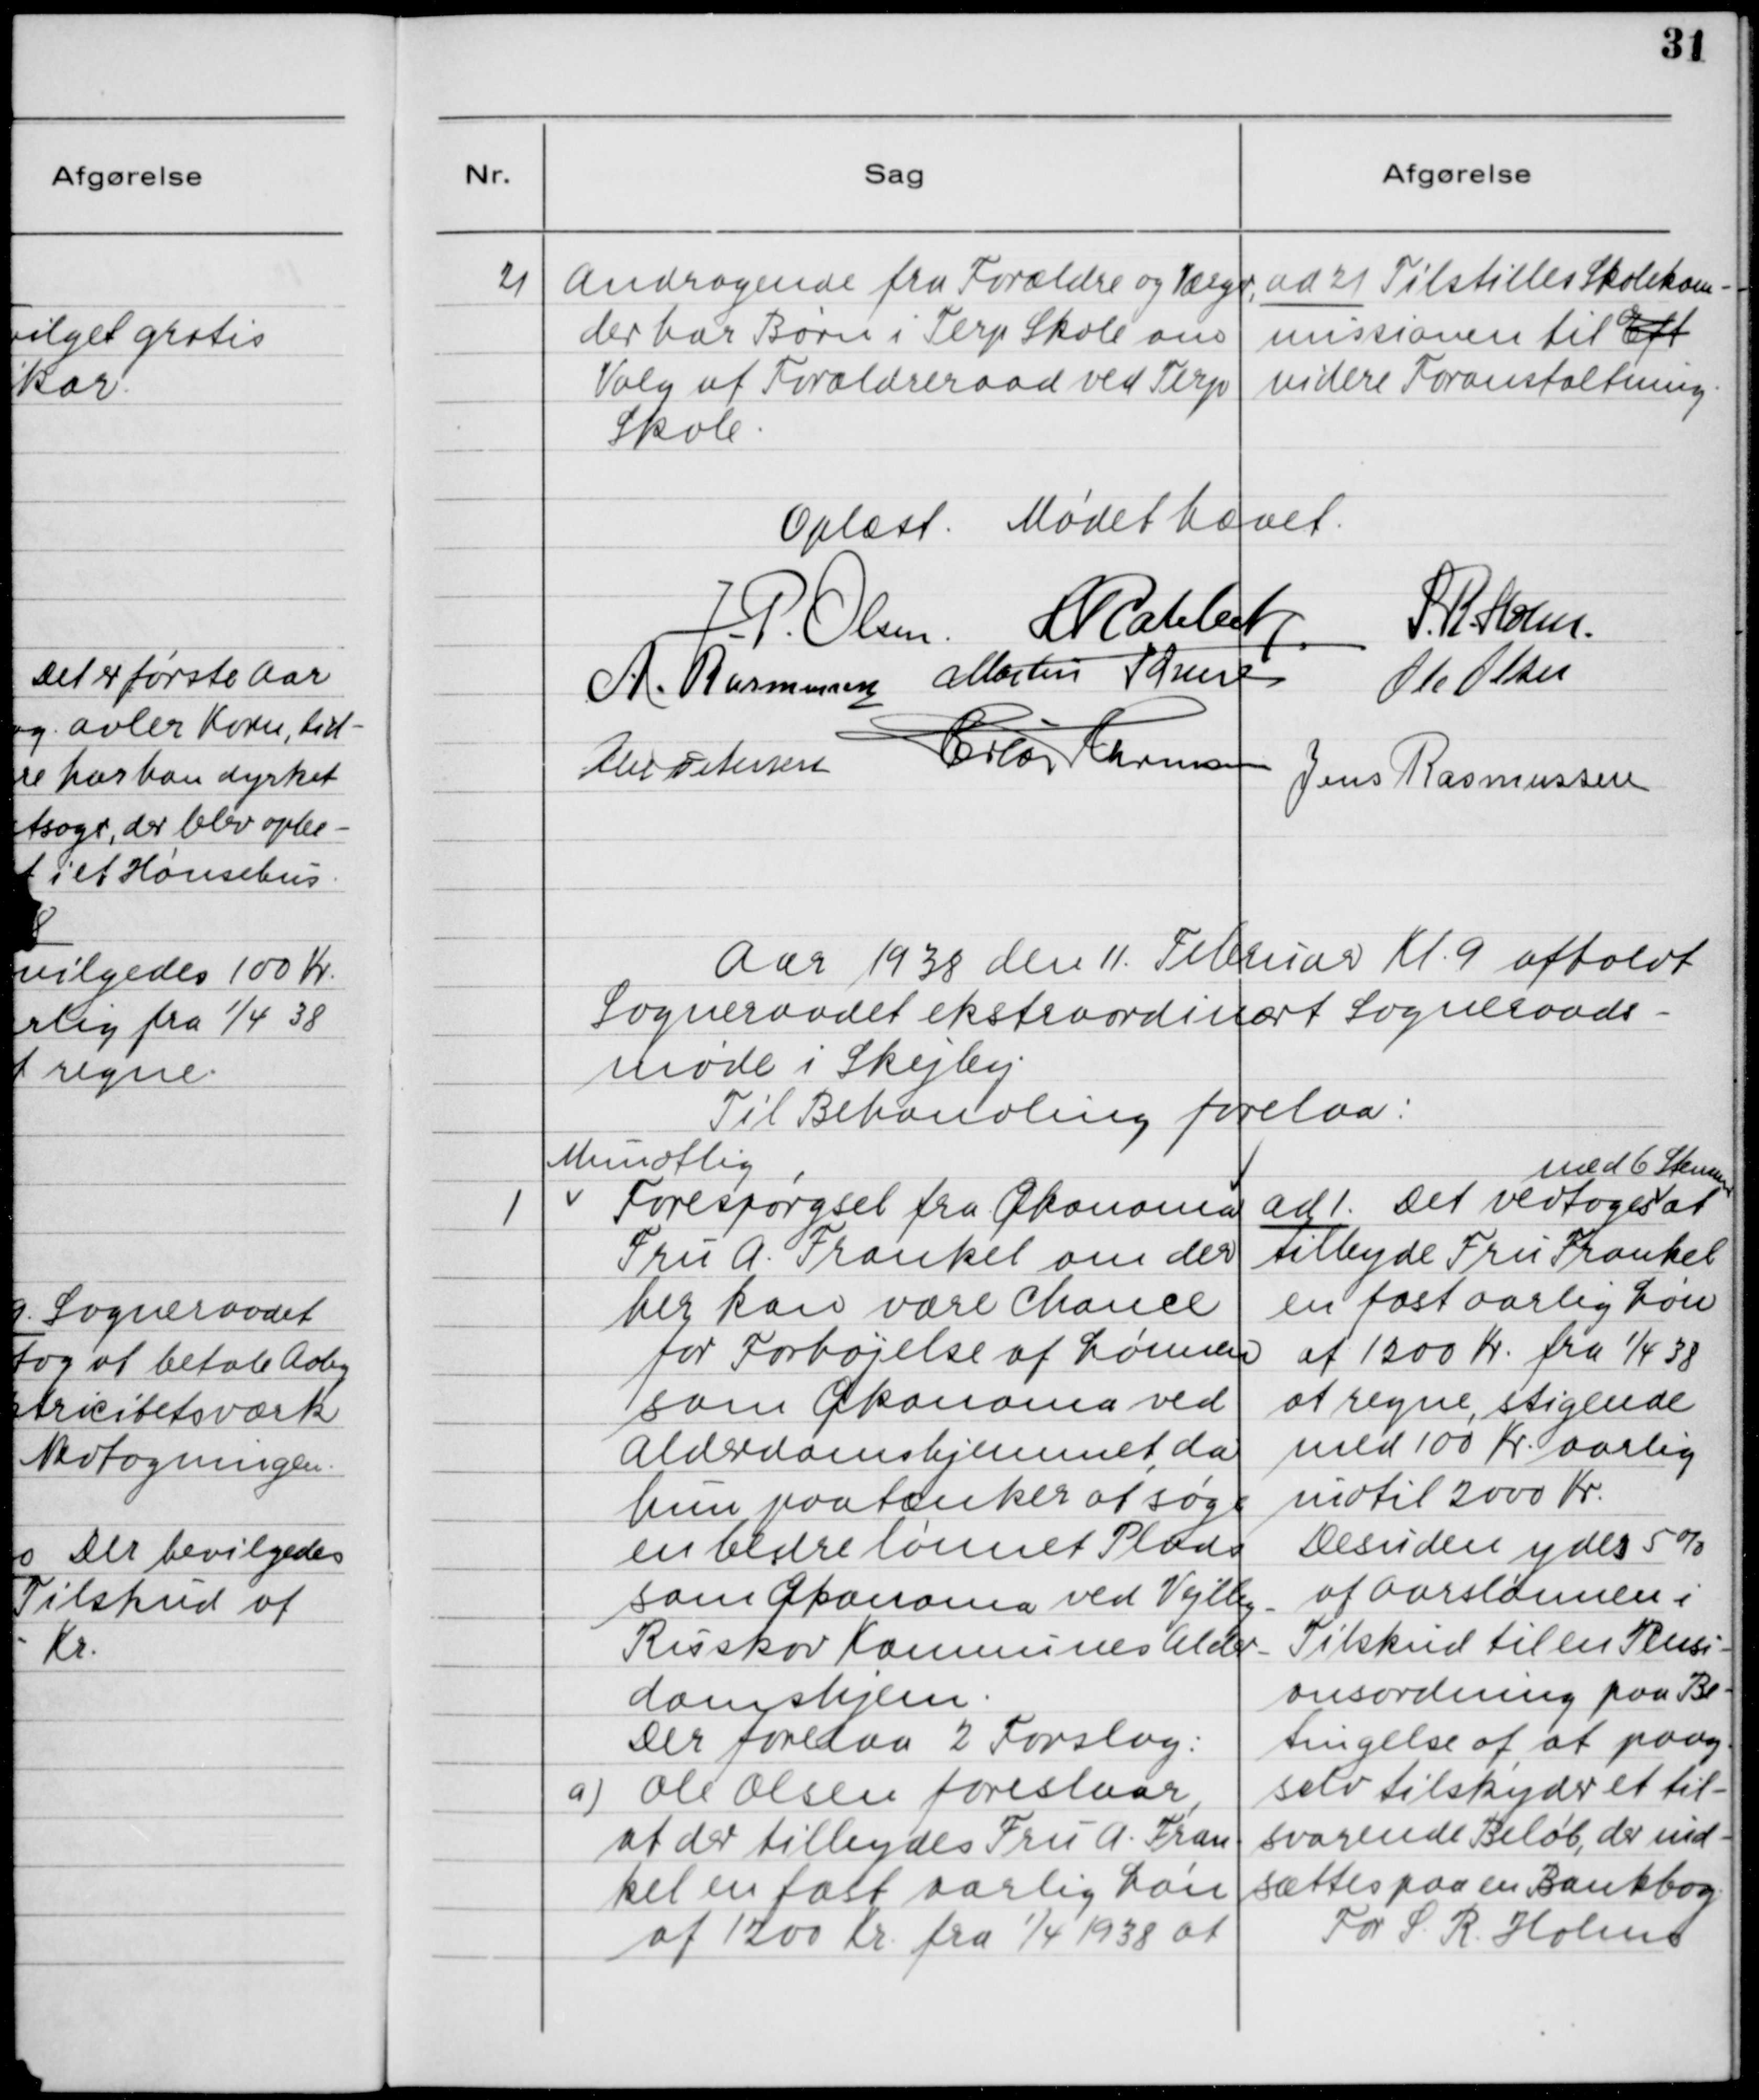
Transskription:
21. Andragende fra Forældre og Værger,
der har Børn i Terp Skole om
Valg af Forældreraad ved Terp
Skole

ad 21. Tilstilles Skolekom-
missionen til Eft
videre Foranstaltning.

Oplæst. Mødet hævet.

Aar 1938 den 11. Februar Kl. 9 afholdt
Sogneraadet ekstraordinært Sogneraads-
møde i Skejby.
Til Behandling forelaa:

1. Mundtlig Forespørgsel fra Økonoma
Fru A. Frankel om der
her kan være Chance
for Forhøjelse af Lønnen
som Økonoma ved
Alderdomshjemmet, da
hun paatænker at søge
en bedre lønnet Plads
som Økonoma ved Vejlby -
Risskov Kommunes Alder-
domshjem.
Der forelaa 2 Forslag:
a) Ole Olsen foreslaar,
at der tilbydes Fru A. Fran-
kel en fast aarlig Løn
af 1200 Kr. fra 1/4 1938 at

ad 1. Det vedtoges med 6 Stemmer at
tilbyde Fru Frankel
en fast aarlig Løn
af 1200 Kr. fra 1/4 38
at regne stigende
med 100 Kr. aarlig
indtil 2000 Kr.
Desuden ydes 5%
af Aarslønnen i
Tilskud til en Pensi-
onsordning paa Be-
tingelse af, at paag.
selv tilskyder et til-
svarende Beløb, der ind-
sættes paa en Bankbog.
For S. R. Holms